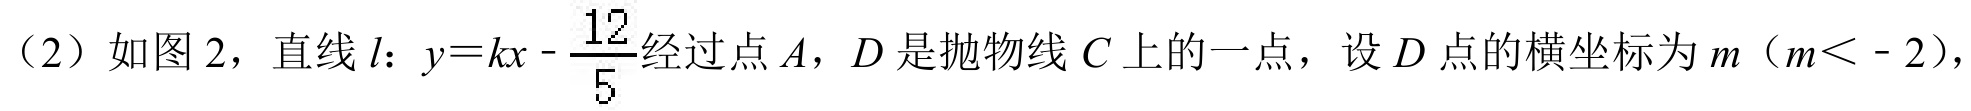
（2）如图 2，直线\(l\)：\(y = kx-\frac{12}{5}\)经过点\(A\)，\(D\)是抛物线\(C\)上的一点，设\(D\)点的横坐标为\(m\)（\(m < - 2\)），